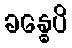
ခန္ဓေပိ